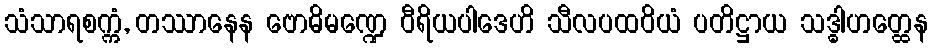
သံသာရစက္ကံ, တဿာနေန ဗောဓိမဏ္ဍေ ဝီရိယပါဒေဟိ သီလပထဝိယံ ပတိဋ္ဌာယ သဒ္ဓါဟတ္ထေန